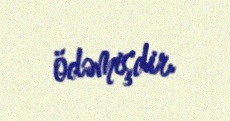
ödəmişdir.